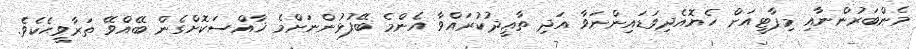
މެންބަރުންނާއި މިޕާޓީއަށް ހެޔޮއެދިވަޑައިންނަވާ އަދި ތާޢީދުކުރައްވާ އެންމެ ބޭފުޅުންނަށްމެ ޚާއްސަކޮށްގެން ބޭއްވޭ ތަރާވީޙެކެވެ.